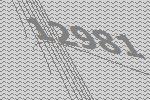
12981